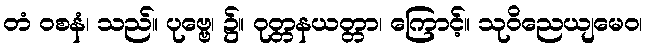
တံ ဝစနံ၊ သည်။ ပုဗ္ဗေ၊ ၌။ ဝုတ္တနယတ္တာ၊ ကြောင့်။ သုဝိညေယျမေဝ၊